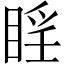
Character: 𪾮